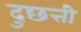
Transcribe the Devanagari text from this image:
दुछत्ती